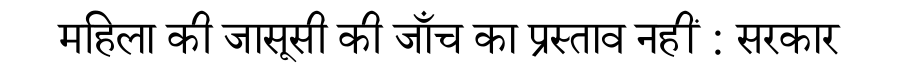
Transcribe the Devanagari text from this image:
महिला की जासूसी की जाँच का प्रस्ताव नहीं : सरकार